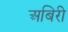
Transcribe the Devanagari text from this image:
अबिरी